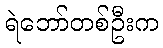
ရဲဘော်တစ်ဦးက